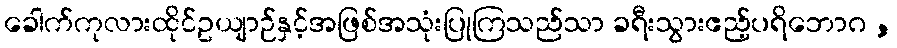
ခေါက်ကုလားထိုင်ဥယျာဉ်နှင့်အဖြစ်အသုံးပြုကြသည်သာ ခရီးသွားဧည့်ပရိဘောဂ ,